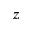
z